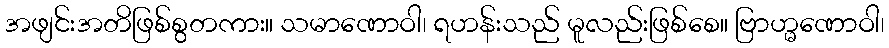
အဖျင်းအတိဖြစ်စွတကား။ သမာဏောဝါ၊ ရဟန်းသည် မူလည်းဖြစ်စေ။ ဗြာဟ္မဏောဝါ၊